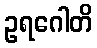
ဥရဂေါတိ